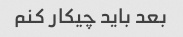
بعد باید چیکار کنم